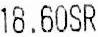
18.60SR